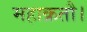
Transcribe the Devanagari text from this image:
महाक्रतौ।